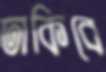
ঢাকিবে